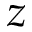
z